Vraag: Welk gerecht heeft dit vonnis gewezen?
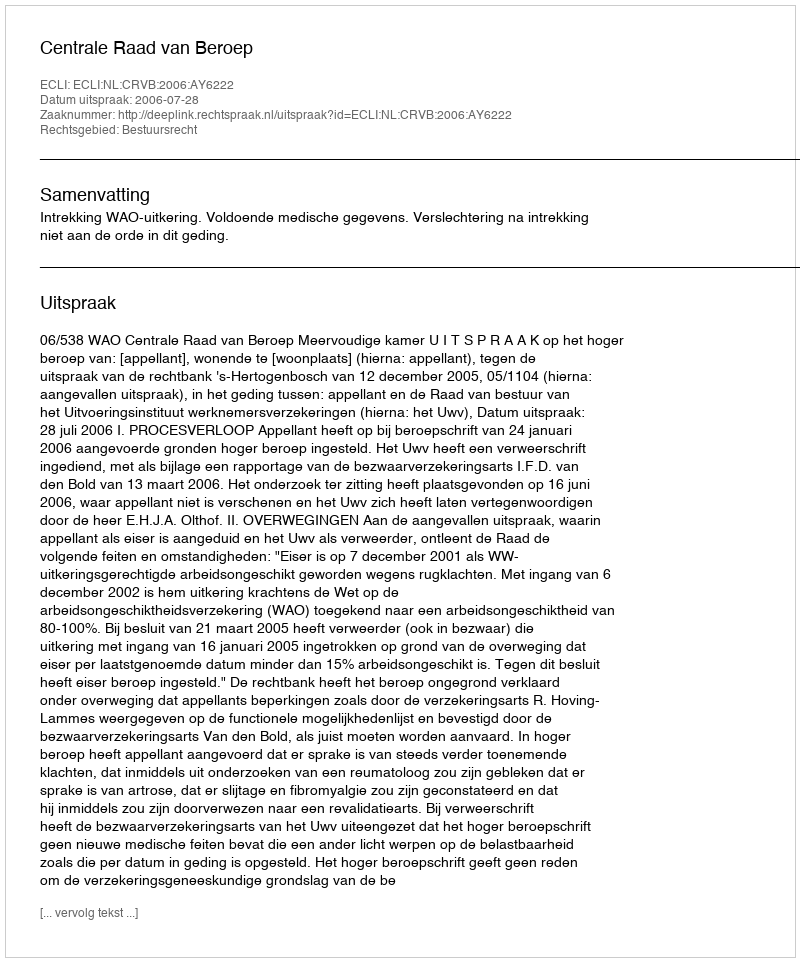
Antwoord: Centrale Raad van Beroep